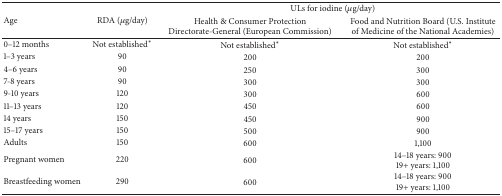
<table><thead><tr><td rowspan="2"><b>Age</b></td><td rowspan="2"><b>RDA (<i>μ</i>g/day)</b></td><td colspan="2"><b>ULs for iodine (<i>μ</i>g/day)</b></td></tr><tr><td><b>Health &amp; Consumer Protection Directorate-General (European Commission)</b></td><td><b>Food and Nutrition Board (U.S. Institute of Medicine of the National Academies) </b></td></tr></thead><tbody><tr><td>0–12 months</td><td>Not established<sup>*</sup></td><td>Not established<sup>*</sup></td><td>Not established<sup>*</sup></td></tr><tr><td>1–3 years</td><td>90</td><td>200</td><td>200</td></tr><tr><td>4–6 years</td><td>90</td><td>250</td><td>300</td></tr><tr><td>7-8 years</td><td>90</td><td>300</td><td>300</td></tr><tr><td>9-10 years</td><td>120</td><td>300</td><td>600</td></tr><tr><td>11–13 years</td><td>120</td><td>450</td><td>600</td></tr><tr><td>14 years</td><td>150</td><td>450</td><td>900</td></tr><tr><td>15–17 years</td><td>150</td><td>500</td><td>900</td></tr><tr><td>Adults</td><td>150</td><td>600</td><td>1,100</td></tr><tr><td>Pregnant women</td><td>220</td><td>600</td><td>14–18 years: 90019+ years: 1,100</td></tr><tr><td>Breastfeeding women</td><td>290</td><td>600</td><td>14–18 years: 90019+ years: 1,100</td></tr></tbody></table>